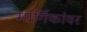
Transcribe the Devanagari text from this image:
मार्गिकांवर